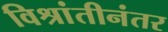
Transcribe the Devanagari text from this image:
विश्रांतीनंतर